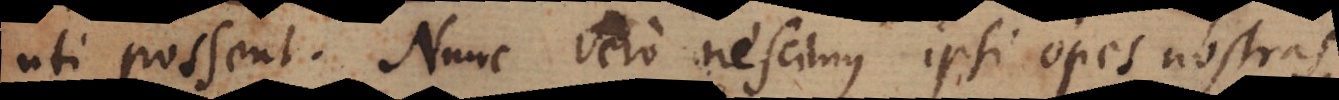
uti possent. Nunc vero nescimus ipsi opes nostras,